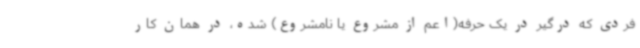
فردی که درگیر در یک حرفه(اعم از مشروع یا نامشروع) شده، در همان کار